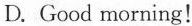
D.Good morning!